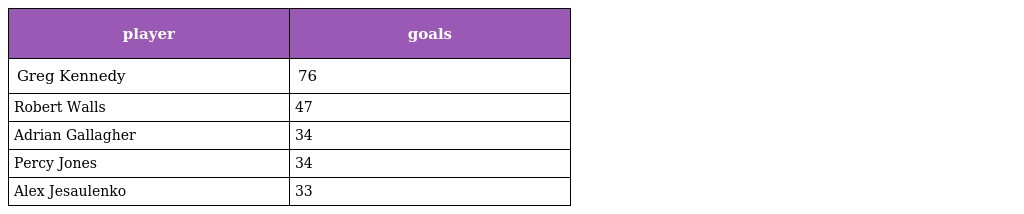
| player | goals |
 | --- | --- |
 | Greg Kennedy | 76 |
 | Robert Walls | 47 |
 | Adrian Gallagher | 34 |
 | Percy Jones | 34 |
 | Alex Jesaulenko | 33 |